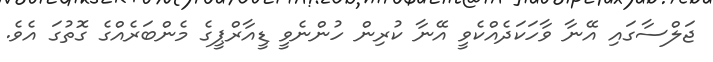
ޖަލްސާގައި އޭނާ ވާހަކަދެއްކެވީ އޭނާ ކުރިން ހުންނެވީ ޑީއާރްޕީގެ މެންބަރެއްގެ ގޮތުގަ އެވެ.